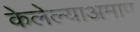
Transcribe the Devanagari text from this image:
केलेल्याअमाप